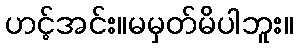
ဟင့်အင်း။မမှတ်မိပါဘူး။